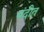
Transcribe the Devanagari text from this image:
बंदीत